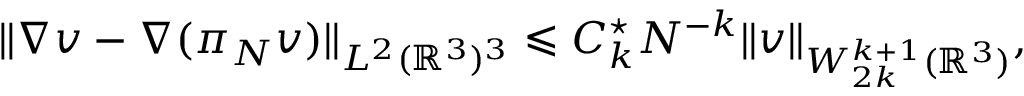
\| \nabla v - \nabla ( \pi _ { N } v ) \| _ { L ^ { 2 } ( { \mathbb R } ^ { 3 } ) ^ { 3 } } \leqslant C _ { k } ^ { \star } N ^ { - k } \| v \| _ { W _ { 2 k } ^ { k + 1 } ( { \mathbb R } ^ { 3 } ) } ,